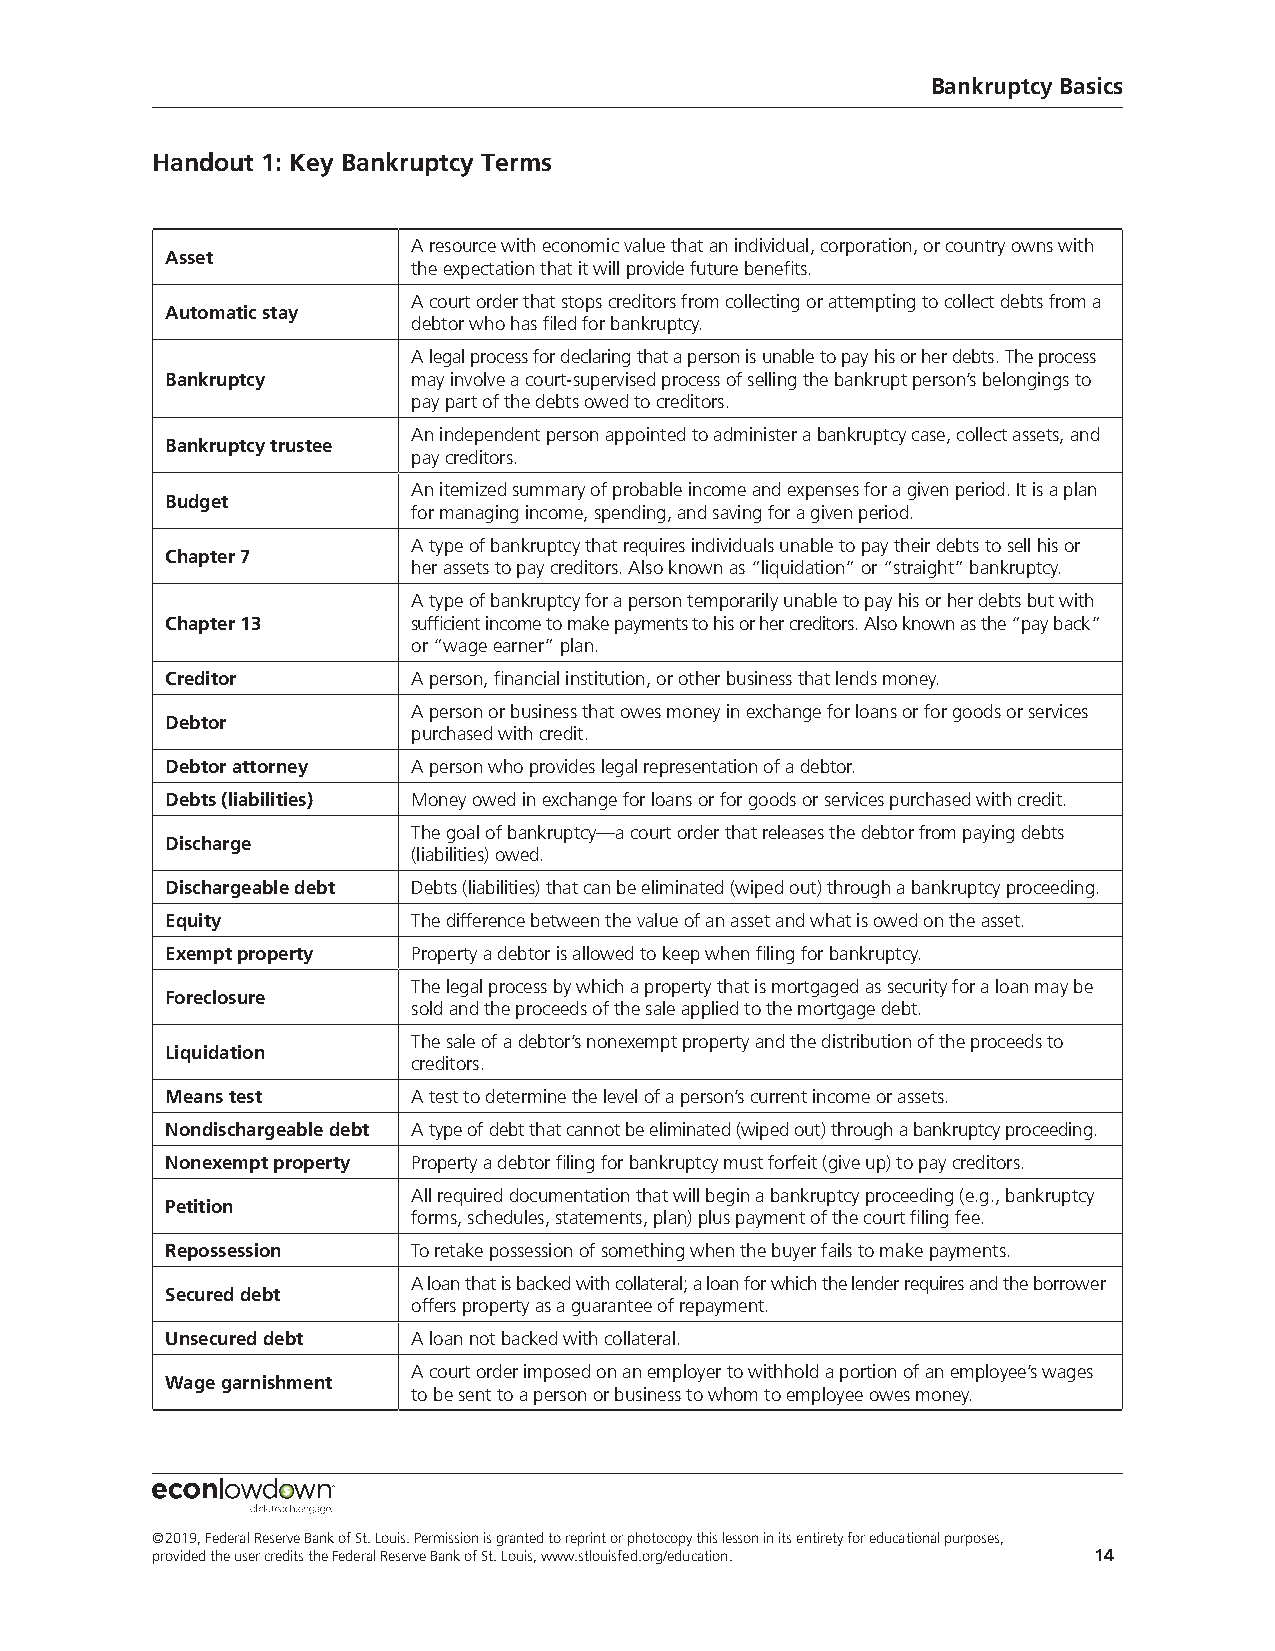
Bankruptcy Basics
 Handout 1: Key Bankruptcy Terms
 A resource with economic value that an individual, corporation, or country owns with
 Asset
 the expectation that it will provide future benefits.
 A court order that stops creditors from collecting or attempting to collect debts from a
 Automatic stay
 debtor who has filed for bankruptcy.
 A legal process for declaring that a person is unable to pay his or her debts. The process
 Bankruptcy      may involve a court-supervised process of selling the bankrupt person’s belongings to
 pay part of the debts owed to creditors.
 An independent person appointed to administer a bankruptcy case, collect assets, and
 Bankruptcy trustee
 pay creditors.
 An itemized summary of probable income and expenses for a given period. It is a plan
 Budget
 for managing income, spending, and saving for a given period.
 A type of bankruptcy that requires individuals unable to pay their debts to sell his or
 Chapter 7
 her assets to pay creditors. Also known as “liquidation” or “straight” bankruptcy.
 A type of bankruptcy for a person temporarily unable to pay his or her debts but with
 Chapter 13      sufficient income to make payments to his or her creditors. Also known as the “pay back”
 or “wage earner” plan.
 Creditor        A person, financial institution, or other business that lends money.
 A person or business that owes money in exchange for loans or for goods or services
 Debtor
 purchased with credit.
 Debtor attorney A person who provides legal representation of a debtor.
 Debts (liabilities) Money owed in exchange for loans or for goods or services purchased with credit.
 The goal of bankruptcy—a court order that releases the debtor from paying debts
 Discharge
 (liabilities) owed.
 Dischargeable debt Debts (liabilities) that can be eliminated (wiped out) through a bankruptcy proceeding.
 Equity          The difference between the value of an asset and what is owed on the asset.
 Exempt property Property a debtor is allowed to keep when filing for bankruptcy.
 The legal process by which a property that is mortgaged as security for a loan may be
 Foreclosure
 sold and the proceeds of the sale applied to the mortgage debt.
 The sale of a debtor’s nonexempt property and the distribution of the proceeds to
 Liquidation
 creditors.
 Means test      A test to determine the level of a person’s current income or assets.
 Nondischargeable debt A type of debt that cannot be eliminated (wiped out) through a bankruptcy proceeding.
 Nonexempt property Property a debtor filing for bankruptcy must forfeit (give up) to pay creditors.
 All required documentation that will begin a bankruptcy proceeding (e.g., bankruptcy
 Petition
 forms, schedules, statements, plan) plus payment of the court filing fee.
 Repossession    To retake possession of something when the buyer fails to make payments.
 A loan that is backed with collateral; a loan for which the lender requires and the borrower
 Secured debt
 offers property as a guarantee of repayment.
 Unsecured debt  A loan not backed with collateral.
 A court order imposed on an employer to withhold a portion of an employee’s wages
 Wage garnishment
 to be sent to a person or business to whom to employee owes money.
 ©2019, Federal Reserve Bank of St. Louis. Permission is granted to reprint or photocopy this lesson in its entirety for educational purposes,
 provided the user credits the Federal Reserve Bank of St. Louis, www.stlouisfed.org/education. 14